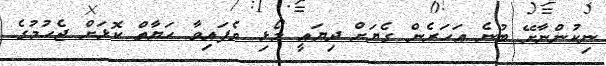
ނިކުންނާށޭ ބުނެ އަހަރެން ގެޔަށް ދިޔައީ މޯޅި ވެފައިވާ ހަޔާތް ކޮޅަށް ޖެހުމުގެ